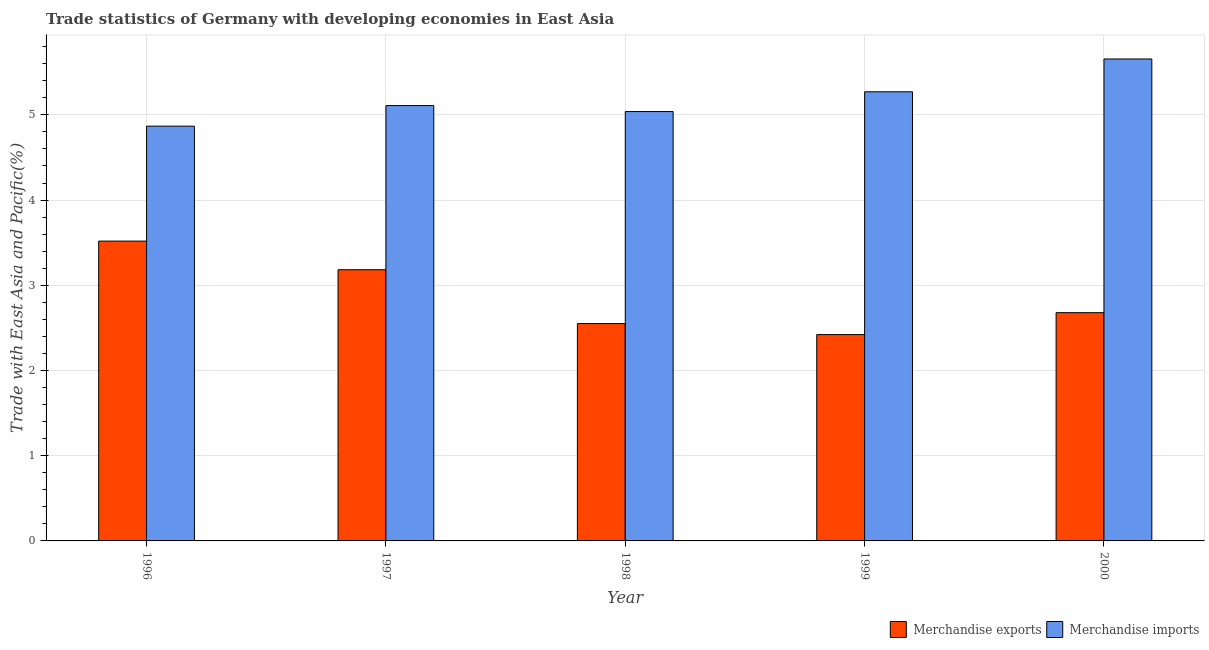
| Year | Merchandise exports | Merchandise imports |
 | --- | --- | --- |
 | 1996 | 3.52 | 4.87 |
 | 1997 | 3.18 | 5.11 |
 | 1998 | 2.55 | 5.04 |
 | 1999 | 2.42 | 5.27 |
 | 2000 | 2.68 | 5.66 |